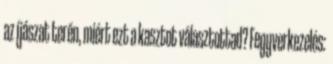
az íjászat terén, miért ezt a kasztot választottad? Fegyverkezelés: